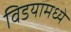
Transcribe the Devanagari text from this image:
विडयामध्ये